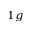
_ { 1 g }